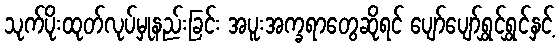
သုက်ပိုးထုတ်လုပ်မှုနည်းခြင်း အပူးအက္ခရာတွေဆိုရင် ပျော်ပျော်ရွှင်ရွှင်နှင့်